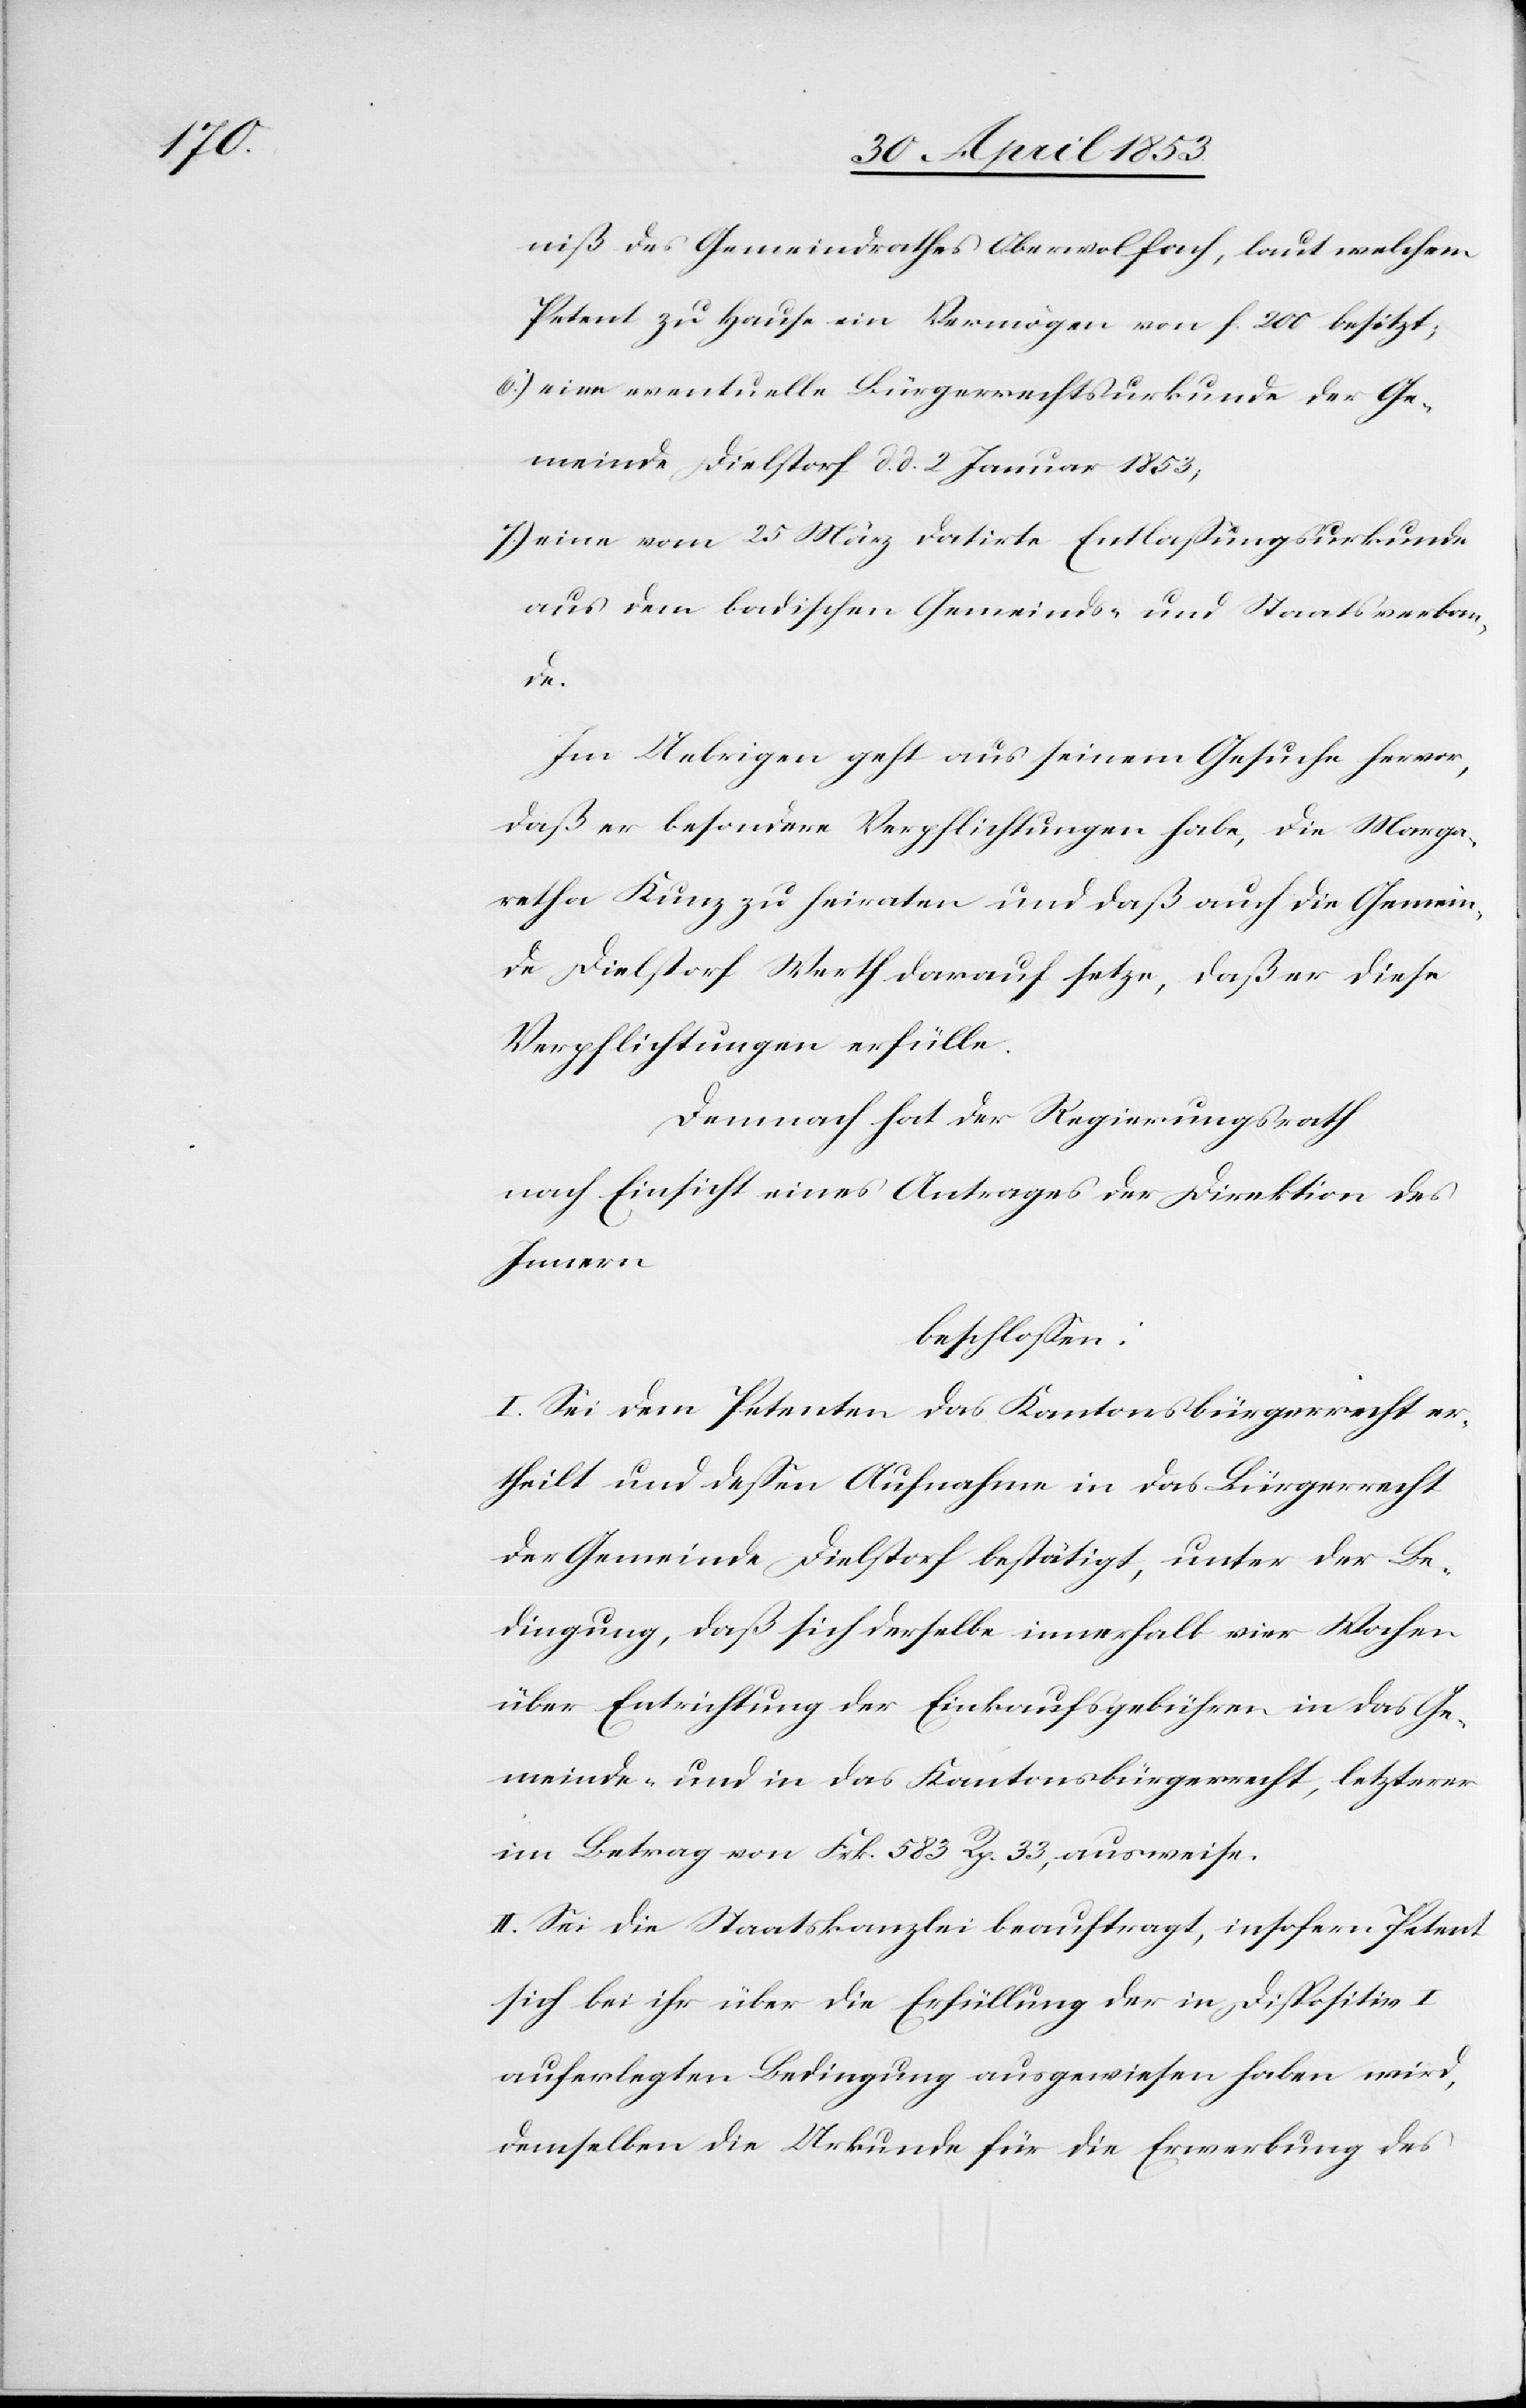
niß des Gemeindrathes Oberwolfach, laut welchem
Petent zu Hause ein Vermögen von f. 200 besitzt;
6.) eine eventuelle Bürgerrechtsurkunde der Ge¬
meinde Dielsdorf d. d. 2 Januar 1853,
7.) eine vom 25 März datirte Entlaßungsurkunde
aus dem badischen Gemeinds- und Staatsverban¬
de.
Im Uebrigen geht aus seinem Gesuche hervor,
daß er besondere Verpflichtungen habe, die Marga¬
retha Kunz zu heiraten und daß auch die Gemein¬
de Dielstorf Werth darauf setze, daß er diese
Verpflichtungen erfülle.
Demnach hat der Regierungsrath
nach Einsicht eines Antrages der Direktion des
Innern
beschloßen:
I. Sei dem Petenten das Kantonsbürgerrecht er¬
theilt und deßen Aufnahme in das Bürgerrecht
der Gemeinde Dielstorf bestätigt, unter der Be¬
dingung, daß sich derselbe innerhalb vier Wochen
über Entrichtung der Einkaufsgebühren in das Ge¬
meinde- und in das Kantonsbürgerrecht, letzterer
im Betrag von Frk. 583 Rp. 33, ausweise.
II. Sei die Staatskanzlei beauftragt, insofern Petent
sich bei ihr über die Erfüllung der in Dispositiv I.
auferlegten Bedingung ausgewiesen haben wird,
demselben die Urkunde für die Erwerbung des